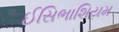
ઈસિભાશિયમ